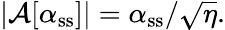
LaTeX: |\mathcal{A}[\alpha_{\mathrm{ss}}]|=\alpha_{\mathrm{ss}}/\sqrt{\eta}.